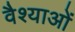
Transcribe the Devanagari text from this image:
वैश्याओं